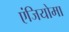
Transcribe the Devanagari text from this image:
एंजियोमा